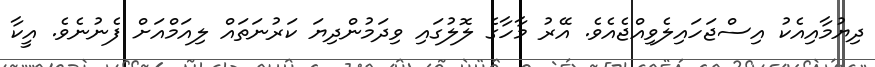
ދިޔުމާއިއެކު އިސްޖަހައިލެވިއްޖެއެވެ. އޭރު މާހާގެ ލޮލުގައި ވިދަމުންދިޔަ ކަރުނަތައް ލިއަމްއަށް ފެނުނެވެ. އީކާ